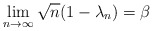
\begin{align*}\lim_{n \to \infty} \sqrt{n}(1 - \lambda_n) = \beta\end{align*}